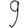
Digit: 9